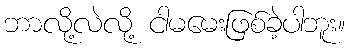
ဘာလို့လဲလို့ ငါမမေးဖြစ်ခဲ့ပါဘူး။